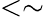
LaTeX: <\sim